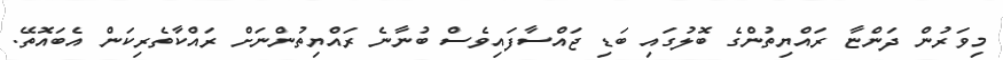
މިވަރުން ދަންޏާ ރައްޔިތުންގެ ބޮލުގައި ބަޑި ޖައްސާފައިވެސް ބުނާނެ ރައްޔިތުންނަށް ރައްކާތެރިކަން އެބައޮތޭ.